Plague in India, 1896, 1897 - Volume 1
Year: 1896
Disease focus: Plague
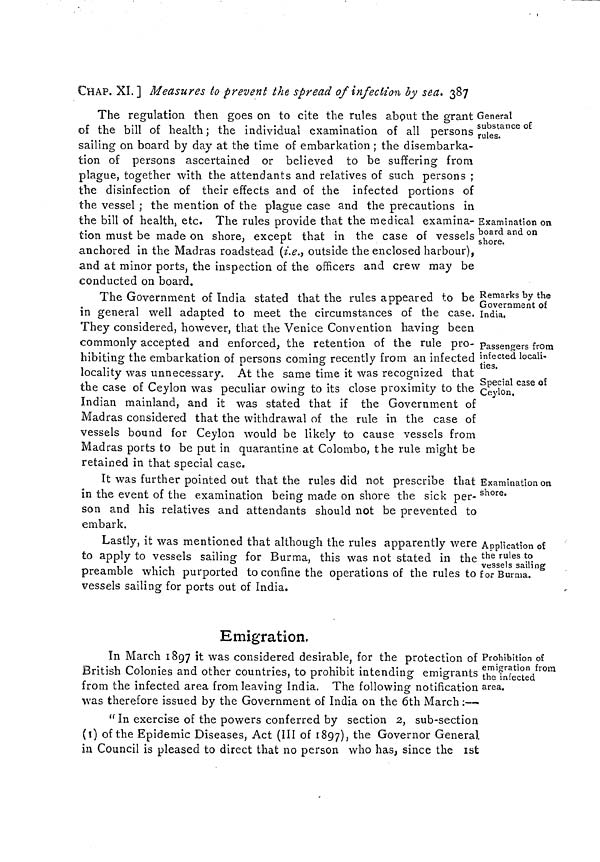
CHAP. XL ] Measures to prevent the spread of infection by sea. 387
General
substance of
rules.
Examination on
board and on
shore.
The regulation then goes on to cite the rules about the grant
of the bill of health; the individual examination of all persons
sailing on board by day at the time of embarkation ; the disembarka-
tion of persons ascertained or believed to be suffering from
plague, together with the attendants and relatives of such persons ;
the disinfection of their effects and of the infected portions of
the vessel ; the mention of the plague case and the precautions in
the bill of health, etc. The rules provide that the medical examina-
tion must be made on shore, except that in the case of vessels
anchored in the Madras roadstead (i.e., outside the enclosed harbour),
and at minor ports, the inspection of the officers and crew may be
conducted on board.
Remarks by the
Government of
India.
Passengers from
infected locali-
ties.
Special case of
Ceylon.
The Government of India stated that the rules appeared to be
in general well adapted to meet the circumstances of the case.
They considered, however, that the Venice Convention having been
commonly accepted and enforced, the retention of the rule pro-
hibiting the embarkation of persons coming recently from an infected
locality was unnecessary. At the same time it was recognized that
the case of Ceylon was peculiar owing to its close proximity to the
Indian mainland, and it was stated that if the Government of
Madras considered that the withdrawal of the rule in the case of
vessels bound for Ceylon would be likely to cause vessels from
Madras ports to be put in quarantine at Colombo, the rule might be
retained in that special case.
Examination on
shore.
It was further pointed out that the rules did not prescribe that
in the event of the examination being made on shore the sick per-
son and his relatives and attendants should not be prevented to
embark.
Application of
the rules to
vessels sailing
for Burma.
Lastly, it was mentioned that although the rules apparently were
to apply to vessels sailing for Burma, this was not stated in the
preamble which purported to confine the operations of the rules to
vessels sailing for ports out of India.
Emigration,
Prohibition of
emigration from
the infected
area.
In March 1897 it was considered desirable, for the protection of
British Colonies and other countries, to prohibit intending emigrants
from the infected area from leaving India. The following notification
was therefore issued by the Government of India on the 6th March:—
" In exercise of the powers conferred by section 2, sub-section
(1) of the Epidemic Diseases, Act (III of 1897), the Governor General
in Council is pleased to direct that no person who has, since the 1st